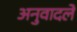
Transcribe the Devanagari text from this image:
अनुवादलें